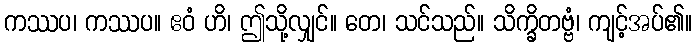
ကဿပ၊ ကဿပ။ ဧဝံ ဟိ၊ ဤသို့လျှင်။ တေ၊ သင်သည်။ သိက္ခိတဗ္ဗံ၊ ကျင့်အပ်၏။